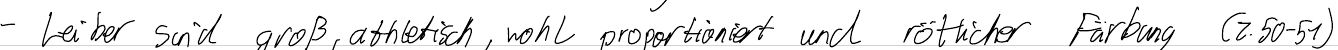
- Leiber sind groß, athletisch, wohl proportioniert und rötlicher Färbung (Z.50-51)